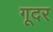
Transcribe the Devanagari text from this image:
गूदर